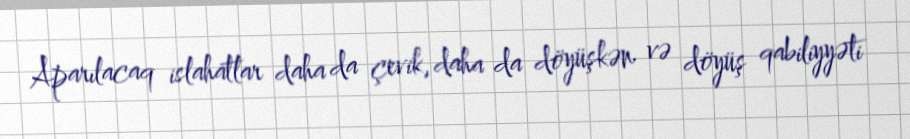
Aparılacaq islahatlar daha da çevik, daha da döyüşkən və döyüş qabiliyyəti